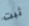
ثبت